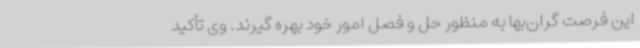
این فرصت گران‌بها به منظور حل و فصل امور خود بهره گیرند. وی تأکید